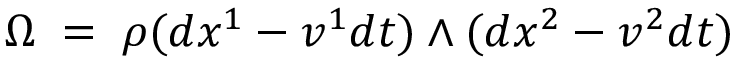
\Omega \; = \; \rho ( d x ^ { 1 } - v ^ { 1 } d t ) \land ( d x ^ { 2 } - v ^ { 2 } d t )